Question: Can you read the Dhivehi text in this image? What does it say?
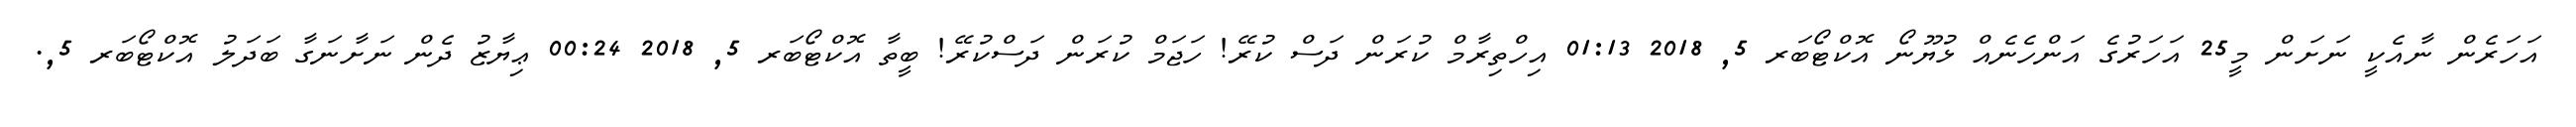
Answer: އަހަރެން ނާއެކީ ނަށަން މީ25 އަހަރުގެ އަންހެނެއް ޅުޔޫނޯ އޮކްޓޯބަރ 5, 2018 01:13 އިހްތިރާމް ކުރަން ދަސް ކުރޭ! ހަޖަމް ކުރަން ދަސްކުރޭ! ބީތާ އޮކްޓޯބަރ 5, 2018 00:24 ޢިޔާޒު ދެން ނަށާނަގާ ބަދަލު އޮކްޓޯބަރ 5,.